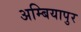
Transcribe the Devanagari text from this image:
अम्बियापुर